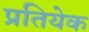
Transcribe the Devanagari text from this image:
प्रतियेक